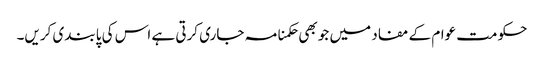
حکومت عوام کے مفاد میں جو بھی حکمنامہ جاری کرتی ہے اس کی پابندی کریں۔